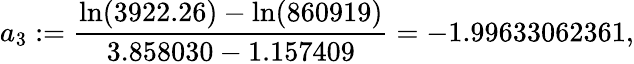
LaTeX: a_{3}:=\frac{\ln(3922.26)-\ln(860919)}{3.858030-1.157409}=-1.99633062361,